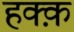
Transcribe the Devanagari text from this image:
हक्क़